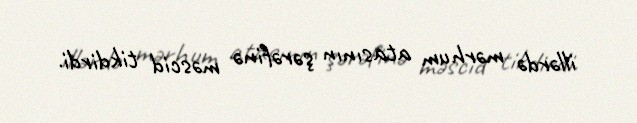
illərdə mərhum atasının şərəfinə məscid tikdirdi.